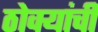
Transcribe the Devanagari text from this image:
ठोक्यांची